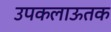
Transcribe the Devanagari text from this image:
उपकलाऊतक